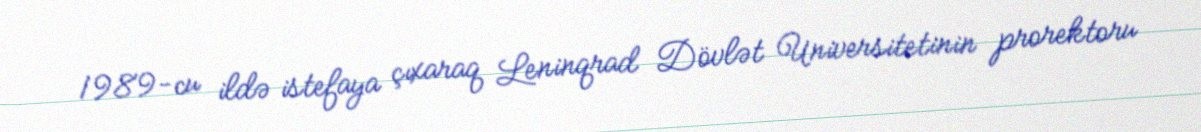
1989-cu ildə istefaya çıxaraq Leninqrad Dövlət Universitetinin prorektoru